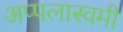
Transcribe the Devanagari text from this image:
अप्पलास्वमी